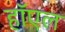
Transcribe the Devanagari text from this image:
हॉएल